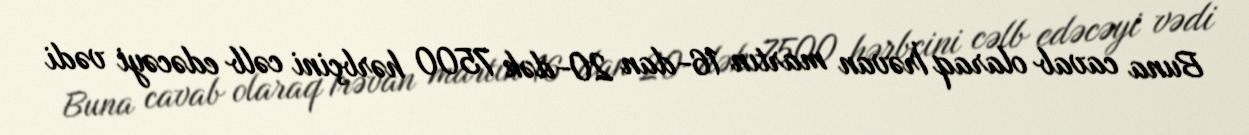
Buna cavab olaraq İrəvan martın 16-dan 20-dək 7500 hərbçini cəlb edəcəyi vədi